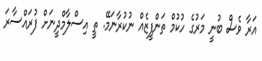
އަރާ ވެސް ބުނީ މަރުގެ ހުކުމް ތަންފީޒެއް ނުކުރާނަމޭ. ތީ އިސްލާމްދީނަށް ފުރައްސާރަ